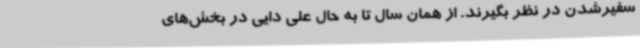
سفیرشدن در نظر بگیرند. از همان سال تا به حال علی دایی در بخش‌های